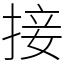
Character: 接